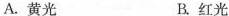
A.黄光 B.红光